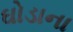
ઘોડાના